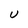
Character: U